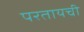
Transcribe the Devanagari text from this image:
परतायची